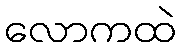
လောကထဲ